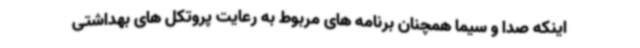
اینکه صدا و سیما همچنان برنامه های مربوط به رعایت پروتکل های بهداشتی